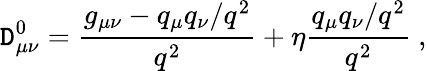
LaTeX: \mathtt{D}_{\mu\nu}^{0}={\frac{{g_{\mu\nu}-q_{\mu}q_{\nu}/q^{2}}}{{q^{2}}}}+\eta{\frac{{q_{\mu}q_{\nu}/q^{2}}}{{q^{2}}}}\ ,